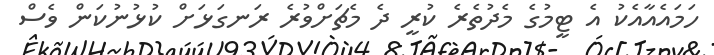
ހަމައެއާއެކު އެ ޓީމުގެ މެދުތެރެ ކުރީ ދެ މެޗަށްވުރެ ރަނގަޅަށް ކުޅުނުކަން ވެސް